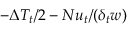
- \Delta T _ { t } / 2 - N u _ { t } / ( \delta _ { t } w )